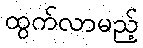
ထွက်လာမည့်